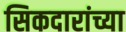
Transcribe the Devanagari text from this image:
सिकदारांच्या